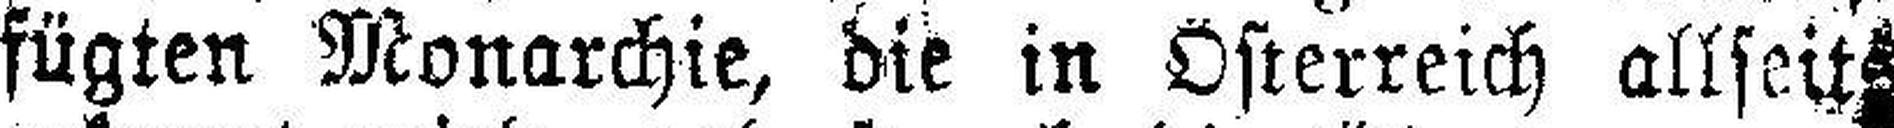
fügten Monarchie, die in Österreich allseits an¬